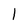
Character: 1